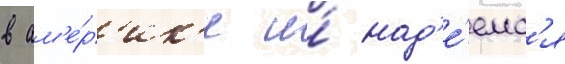
в ам'е́р'ик'е и́ над'е́емс'я